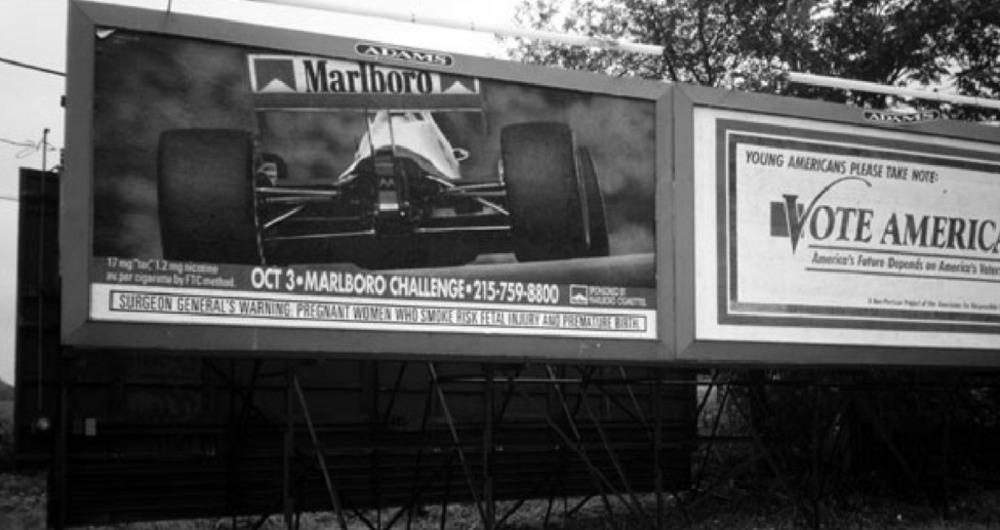
ADAMS
Marlboro
YOUNG AMERICANS PLEASE TAKE NOTE:
VOTE AMERIC
17 mg "la"1.2 mg nicotine
America's Future Depends on America's Hule
Is per cigarene by FiC method.
OCT 3-MARLBORO CHALLENGE. 215-759-8800
SURGEON GENERAL'S WARNING PREGNANT WOMEN WHO SVAKE ISK FELE INJURY AMA FRAVANTHE BANYON